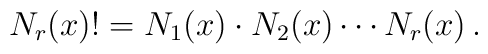
N_r(x)! = N_1(x)\cdot N_2(x)\cdots N_r(x)\,.